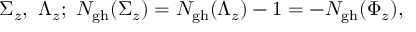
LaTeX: \Sigma _ { z } , \ \Lambda _ { z } ; \ N _ { \mathrm { g h } } ( \Sigma _ { z } ) = N _ { \mathrm { g h } } ( \Lambda _ { z } ) - 1 = - N _ { \mathrm { g h } } ( \Phi _ { z } ) ,